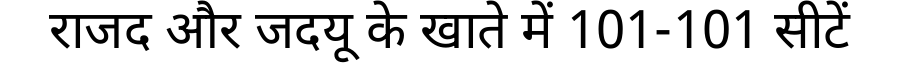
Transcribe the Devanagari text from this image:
राजद और जदयू के खाते में 101-101 सीटें